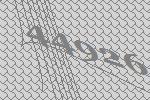
44926